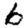
Digit: 6